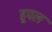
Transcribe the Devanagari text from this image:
हूपल